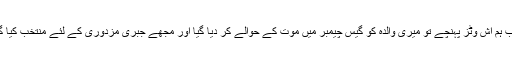
جب ہم آش وٹز پہنچے تو میری والدہ کو گیس چیمبر میں موت کے حوالے کر دیا گیا اور مجھے جبری مزدوری کے لئے منتخب کیا گيا۔